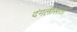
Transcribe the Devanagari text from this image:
दंगलीसाठी